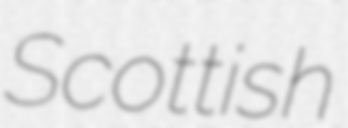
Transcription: Scottish